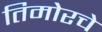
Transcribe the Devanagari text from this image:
तिमोरचे